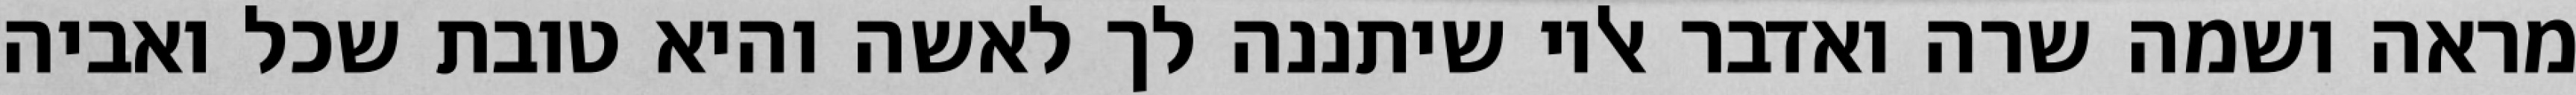
מראה ושמה שרה ואדבר אליו שיתננה לך לאשה והיא טובת שכל ואביה